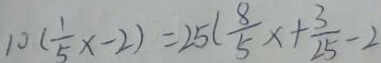
1 0 ( \frac { 1 } { 5 } x - 2 ) = 2 5 ( \frac { 8 } { 5 } x + \frac { 3 } { 2 5 } - 2